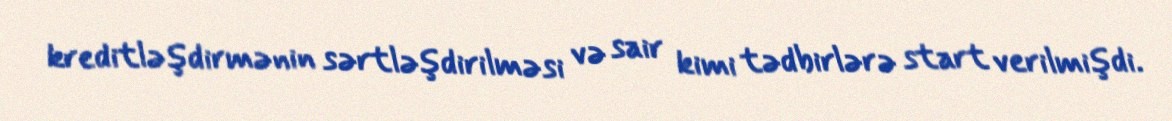
kreditləşdirmənin sərtləşdirilməsi və sair kimi tədbirlərə start verilmişdi.